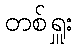
တစ်ရှူး